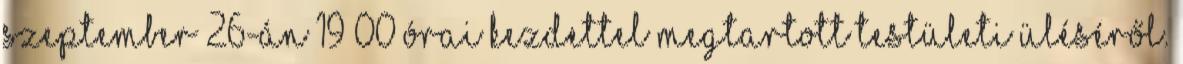
szeptember 26-án 19 00 órai kezdettel megtartott testületi üléséről.